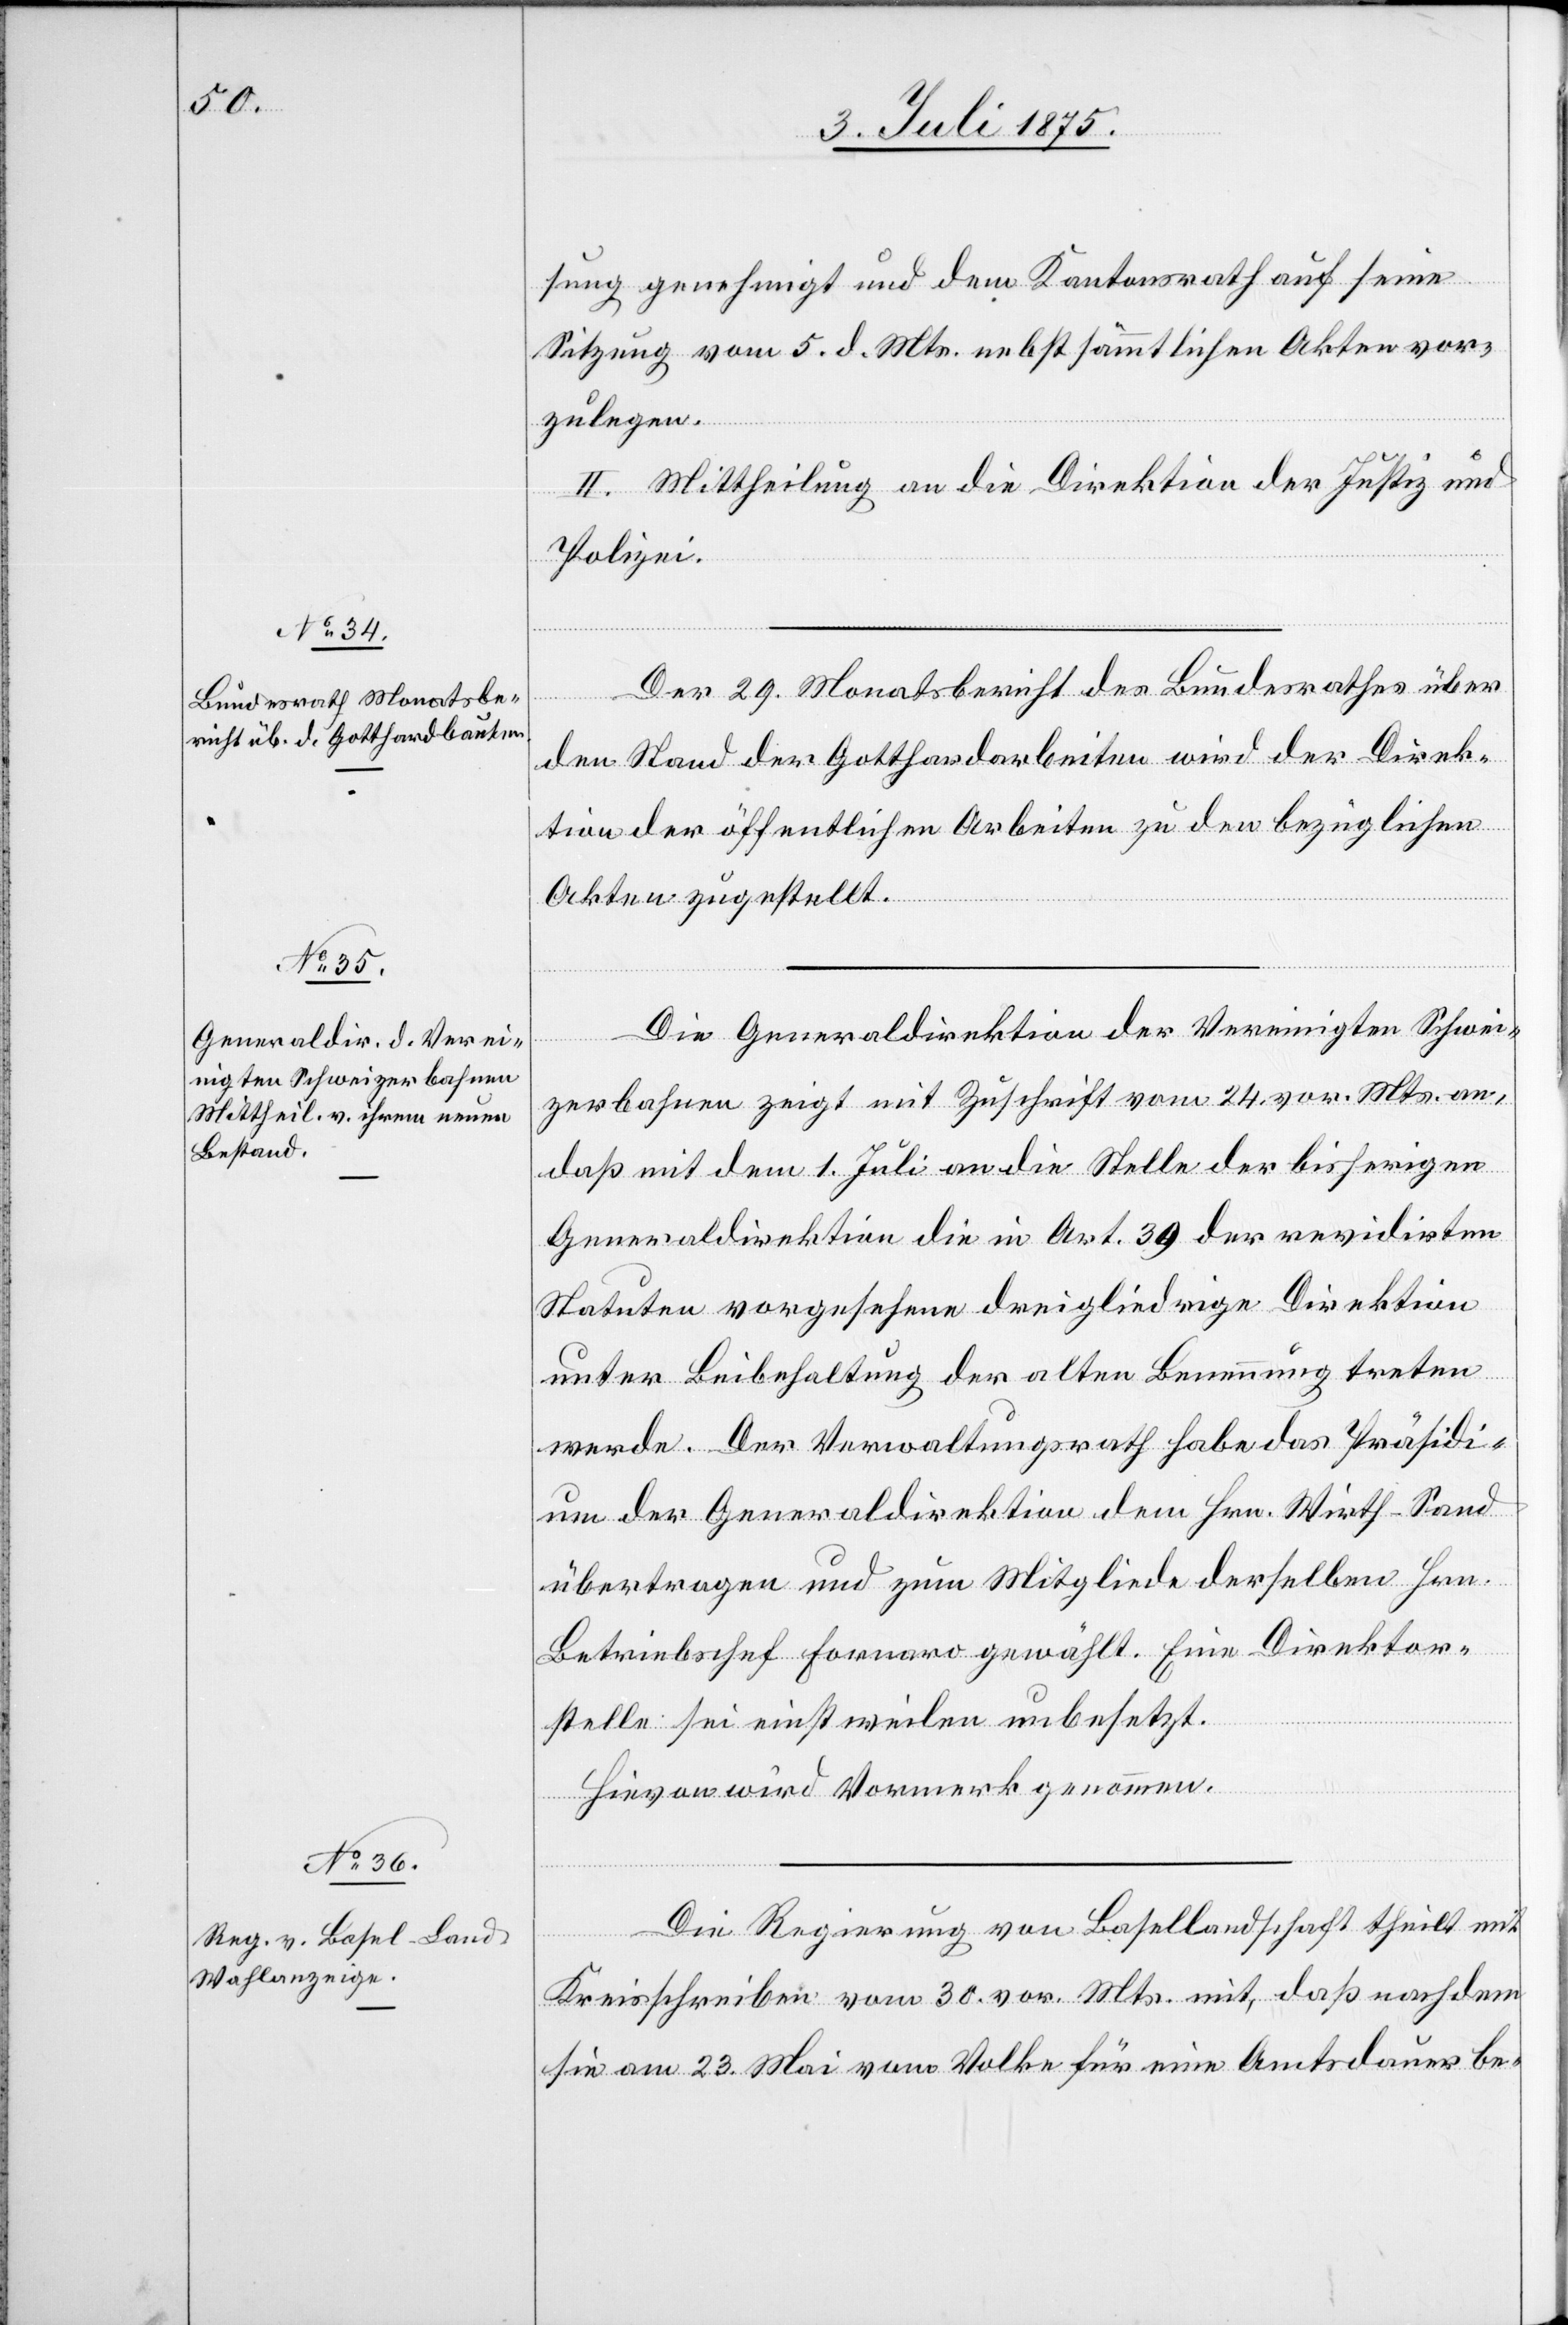
sung genehmigt und dem Kantonsrath auf seine
Sitzung vom 5. d. Mts. nebst sämmtlichen Akten vor¬
zulegen.
II. Mittheilung an die Direktion der Justiz und
Polizei.
Der 29. Monatsbericht des Bundesrathes über
den Stand der Gotthardarbeiten wird der Direk¬
tion der öffentlichen Arbeiten zu den bezüglichen
Akten zugestellt.
Die Generaldirektion der Vereinigten Schwei¬
zerbahnen zeigt mit Zuschrift vom 24. vor. Mts. an,
daß mit dem 1. Juli an die Stelle der bisherigen
Generaldirektion die in Art. 39 der revidirten
Statuten vorgesehene dreigliedrige Direktion
unter Beibehaltung der alten Benennung treten
werde. Der Verwaltungsrath habe das Präsidi¬
um der Generaldirektion dem Hrn. Wirth-Sand
übertragen und zum Mitgliede desselben Hrn.
Betriebschef Fornaro gewählt. Eine Direktor¬
stelle sei einstweilen unbesetzt.
Hievon wird Vormerk genommen.
Die Regierung von Basellandschaft theilt mit
Kreisschreiben vom 30.vor. Mts. mit, daß nachdem
sie am 23. Mai vom Volke für eine Amtsdauer be-